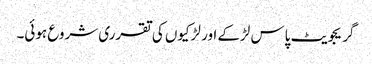
گریجویٹ پاس لڑ‌کے اور لڑکیوں کی تقرری شروع ہوئی۔